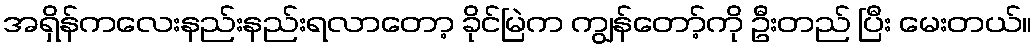
အရှိန်ကလေးနည်းနည်းရလာတော့ ခိုင်မြဲက ကျွန်တော့်ကို ဦးတည် ပြီး မေးတယ်။